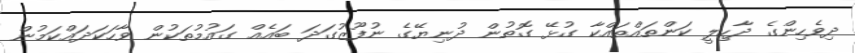
ދިވެހިންގެ ދާހިލީ ކަންތައްތައްކާ ގުޅޭ ގޮތުން ދުނިޔޭގެ ނުފޫޒުގަދަ ބައެއް ގައުމުތަކުން ވާހަކަދައްކަމުން